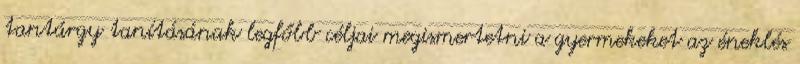
tantárgy tanításának legfőbb céljai megismertetni a gyermekeket az éneklés